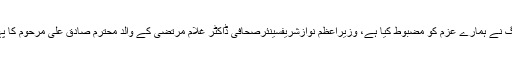
دہشت گردوں کے خلاف جنگ نے ہمارے عزم کو مضبوط کیا ہے، وزیراعظم نوازشریفسینئرصحافی ڈاکٹر غلام مرتضیٰ کے والدِ محترم صادق علی مرحوم کا پہلا سالانہ ختم شریف آج ہوگا۔